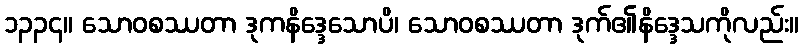
၁၃၃၄။ သောဝစဿတာ ဒုကနိဒ္ဒေသောပိ၊ သောဝစဿတာ ဒုက်၏နိဒ္ဒေသကိုလည်း။